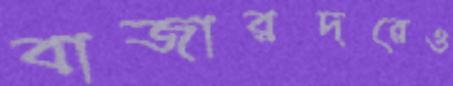
বাজারদরেও